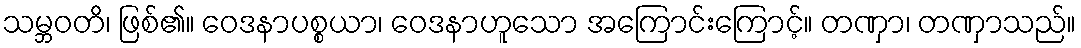
သမ္ဘဝတိ၊ ဖြစ်၏။ ဝေဒနာပစ္စယာ၊ ဝေဒနာဟူသော အကြောင်းကြောင့်။ တဏှာ၊ တဏှာသည်။